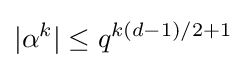
|\alpha ^{k}|\leq q^{k(d-1)/2+1}